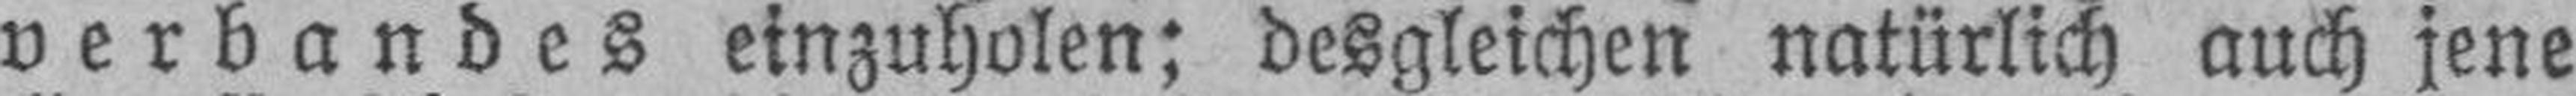
verbandes einzuholen; desgleichen natürlich auch jene